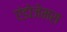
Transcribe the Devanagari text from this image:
एंडोजेमस